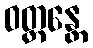
ဝတ္တန္တေ